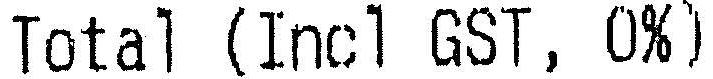
TOTAL (INCL GST, 0%)